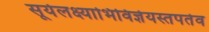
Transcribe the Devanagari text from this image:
सूर्यलक्ष्याभिविज्ञेयस्तपतेव